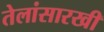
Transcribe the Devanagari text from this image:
तेलांसारखी